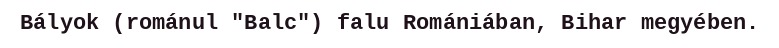
Bályok (románul "Balc") falu Romániában, Bihar megyében.